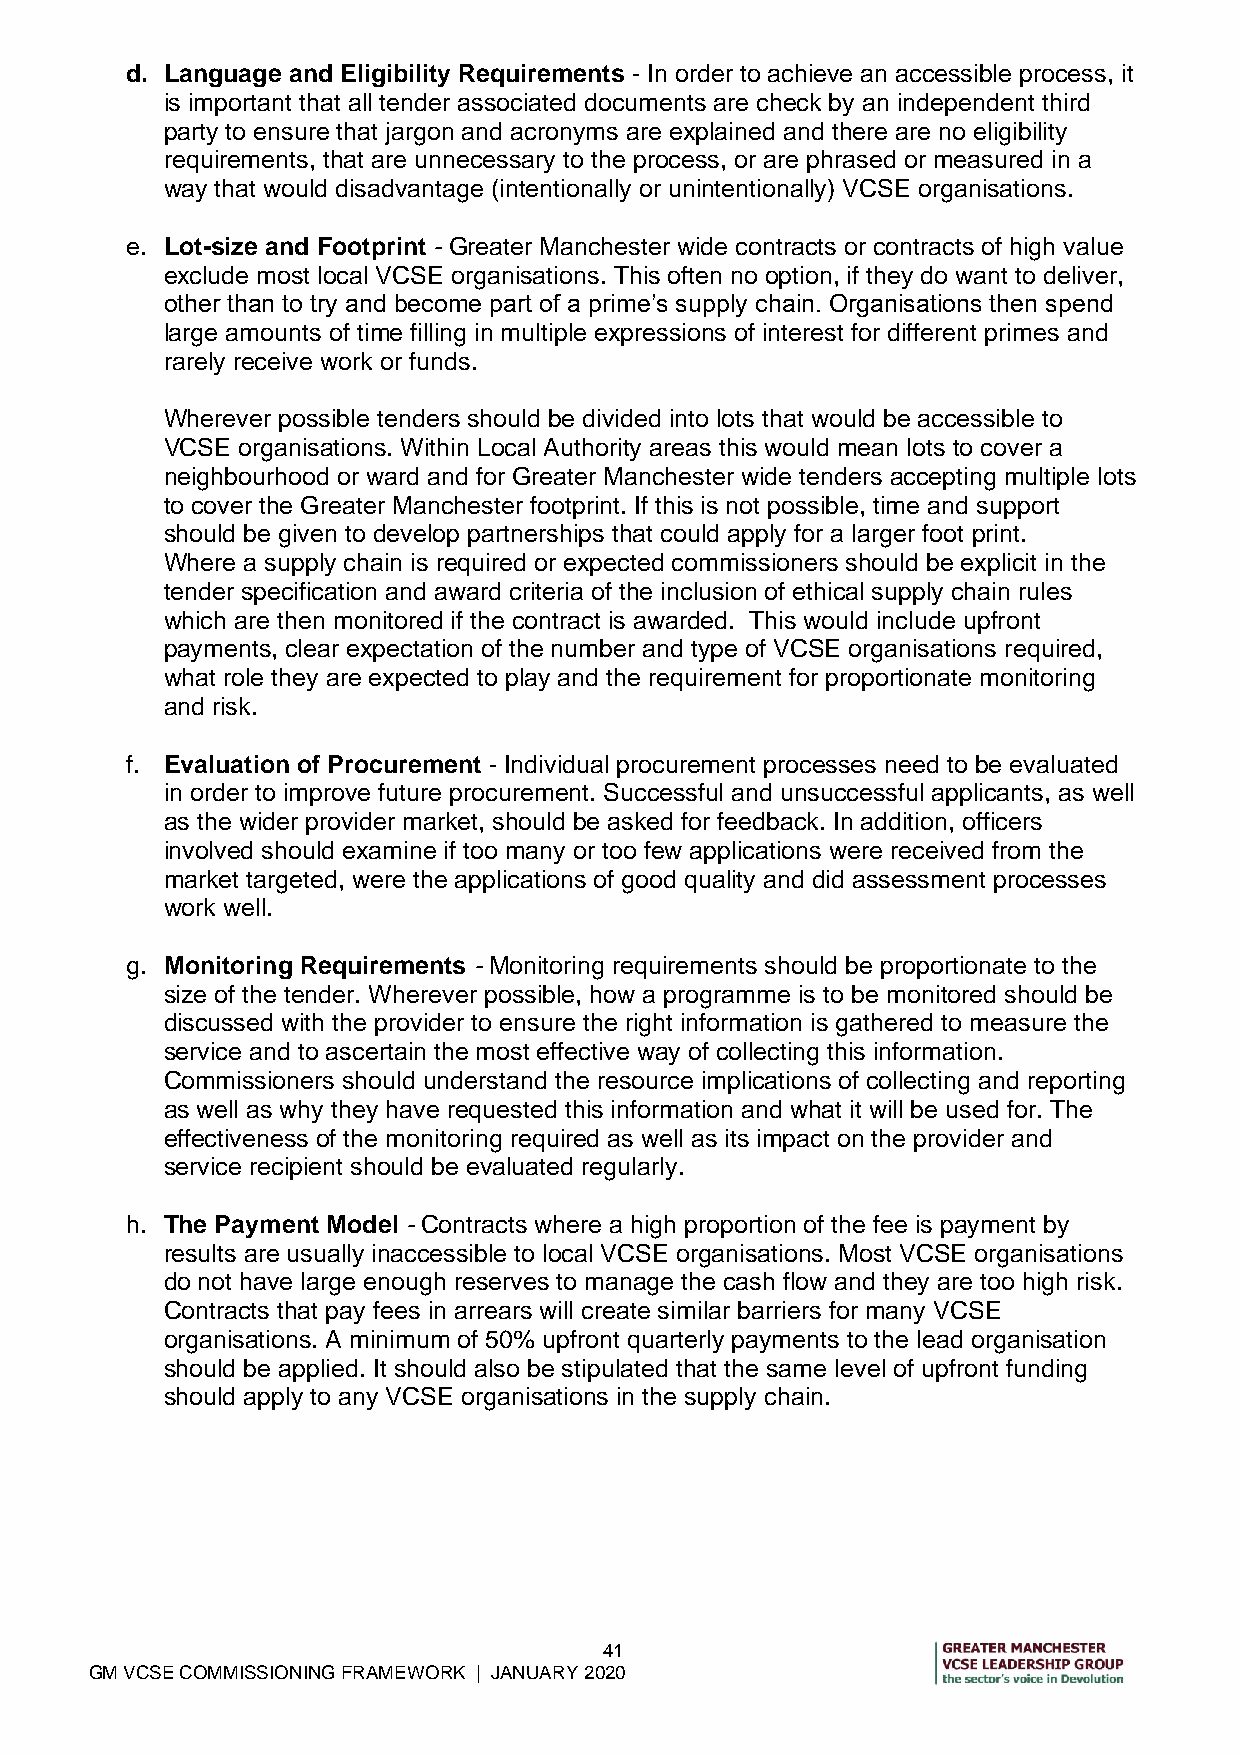
d. Language and Eligibility Requirements - In order to achieve an accessible process, it
 is important that all tender associated documents are check by an independent third
 party to ensure that jargon and acronyms are explained and there are no eligibility
 requirements, that are unnecessary to the process, or are phrased or measured in a
 way that would disadvantage (intentionally or unintentionally) VCSE organisations.
 e. Lot-size and Footprint - Greater Manchester wide contracts or contracts of high value
 exclude most local VCSE organisations. This often no option, if they do want to deliver,
 other than to try and become part of a prime’s supply chain. Organisations then spend
 large amounts of time filling in multiple expressions of interest for different primes and
 rarely receive work or funds.
 Wherever possible tenders should be divided into lots that would be accessible to
 VCSE organisations. Within Local Authority areas this would mean lots to cover a
 neighbourhood or ward and for Greater Manchester wide tenders accepting multiple lots
 to cover the Greater Manchester footprint. If this is not possible, time and support
 should be given to develop partnerships that could apply for a larger foot print.
 Where a supply chain is required or expected commissioners should be explicit in the
 tender specification and award criteria of the inclusion of ethical supply chain rules
 which are then monitored if the contract is awarded. This would include upfront
 payments, clear expectation of the number and type of VCSE organisations required,
 what role they are expected to play and the requirement for proportionate monitoring
 and risk.
 f. Evaluation of Procurement - Individual procurement processes need to be evaluated
 in order to improve future procurement. Successful and unsuccessful applicants, as well
 as the wider provider market, should be asked for feedback. In addition, officers
 involved should examine if too many or too few applications were received from the
 market targeted, were the applications of good quality and did assessment processes
 work well.
 g. Monitoring Requirements - Monitoring requirements should be proportionate to the
 size of the tender. Wherever possible, how a programme is to be monitored should be
 discussed with the provider to ensure the right information is gathered to measure the
 service and to ascertain the most effective way of collecting this information.
 Commissioners should understand the resource implications of collecting and reporting
 as well as why they have requested this information and what it will be used for. The
 effectiveness of the monitoring required as well as its impact on the provider and
 service recipient should be evaluated regularly.
 h. The Payment Model - Contracts where a high proportion of the fee is payment by
 results are usually inaccessible to local VCSE organisations. Most VCSE organisations
 do not have large enough reserves to manage the cash flow and they are too high risk.
 Contracts that pay fees in arrears will create similar barriers for many VCSE
 organisations. A minimum of 50% upfront quarterly payments to the lead organisation
 should be applied. It should also be stipulated that the same level of upfront funding
 should apply to any VCSE organisations in the supply chain.
 41
 GM VCSE COMMISSIONING FRAMEWORK | JANUARY 2020